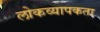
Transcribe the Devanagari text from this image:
लोकव्यापकता